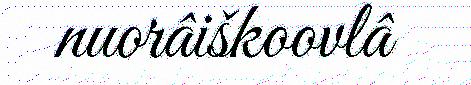
nuorâiškoovlâ